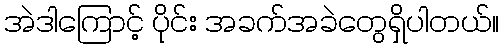
အဲဒါကြောင့် ပိုင်း အခက်အခဲတွေရှိပါတယ်။